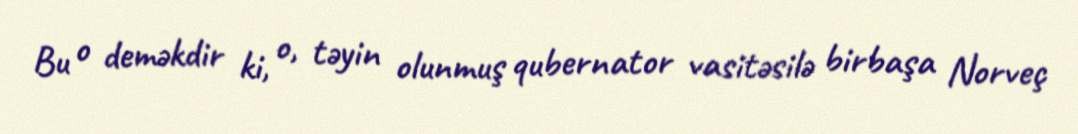
Bu o deməkdir ki, o, təyin olunmuş qubernator vasitəsilə birbaşa Norveç